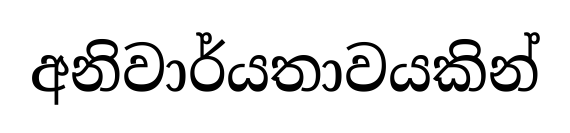
අනිවාර්යතාවයකින්